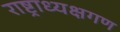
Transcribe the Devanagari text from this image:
राष्ट्राध्यक्षगण